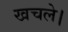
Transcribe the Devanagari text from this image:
खचले।